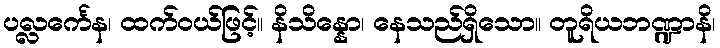
ပလ္လင်္ကေန၊ ထက်ဝယ်ဖြင့်။ နိသိန္နော၊ နေသည်ရှိသော။ တူရိယဘဏ္ဍာနိ၊